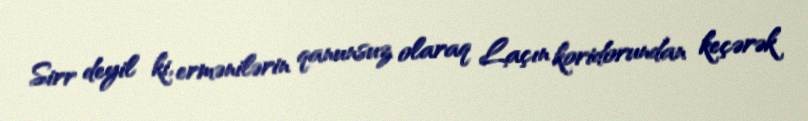
Sirr deyil ki, ermənilərin qanunsuz olaraq Laçın koridorundan keçərək